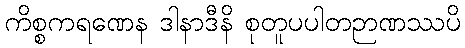
ကိစ္စကရဏေန ဒါနာဒီနိ စုတူပပါတဉာဏဿပိ